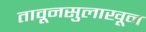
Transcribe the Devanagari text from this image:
तावूनसुलाखून